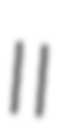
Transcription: II